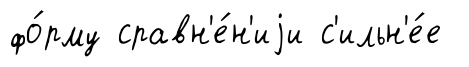
фо́рму сравн'е́н'иjи с'ильн'е́е